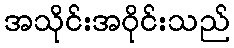
အသိုင်းအဝိုင်းသည်